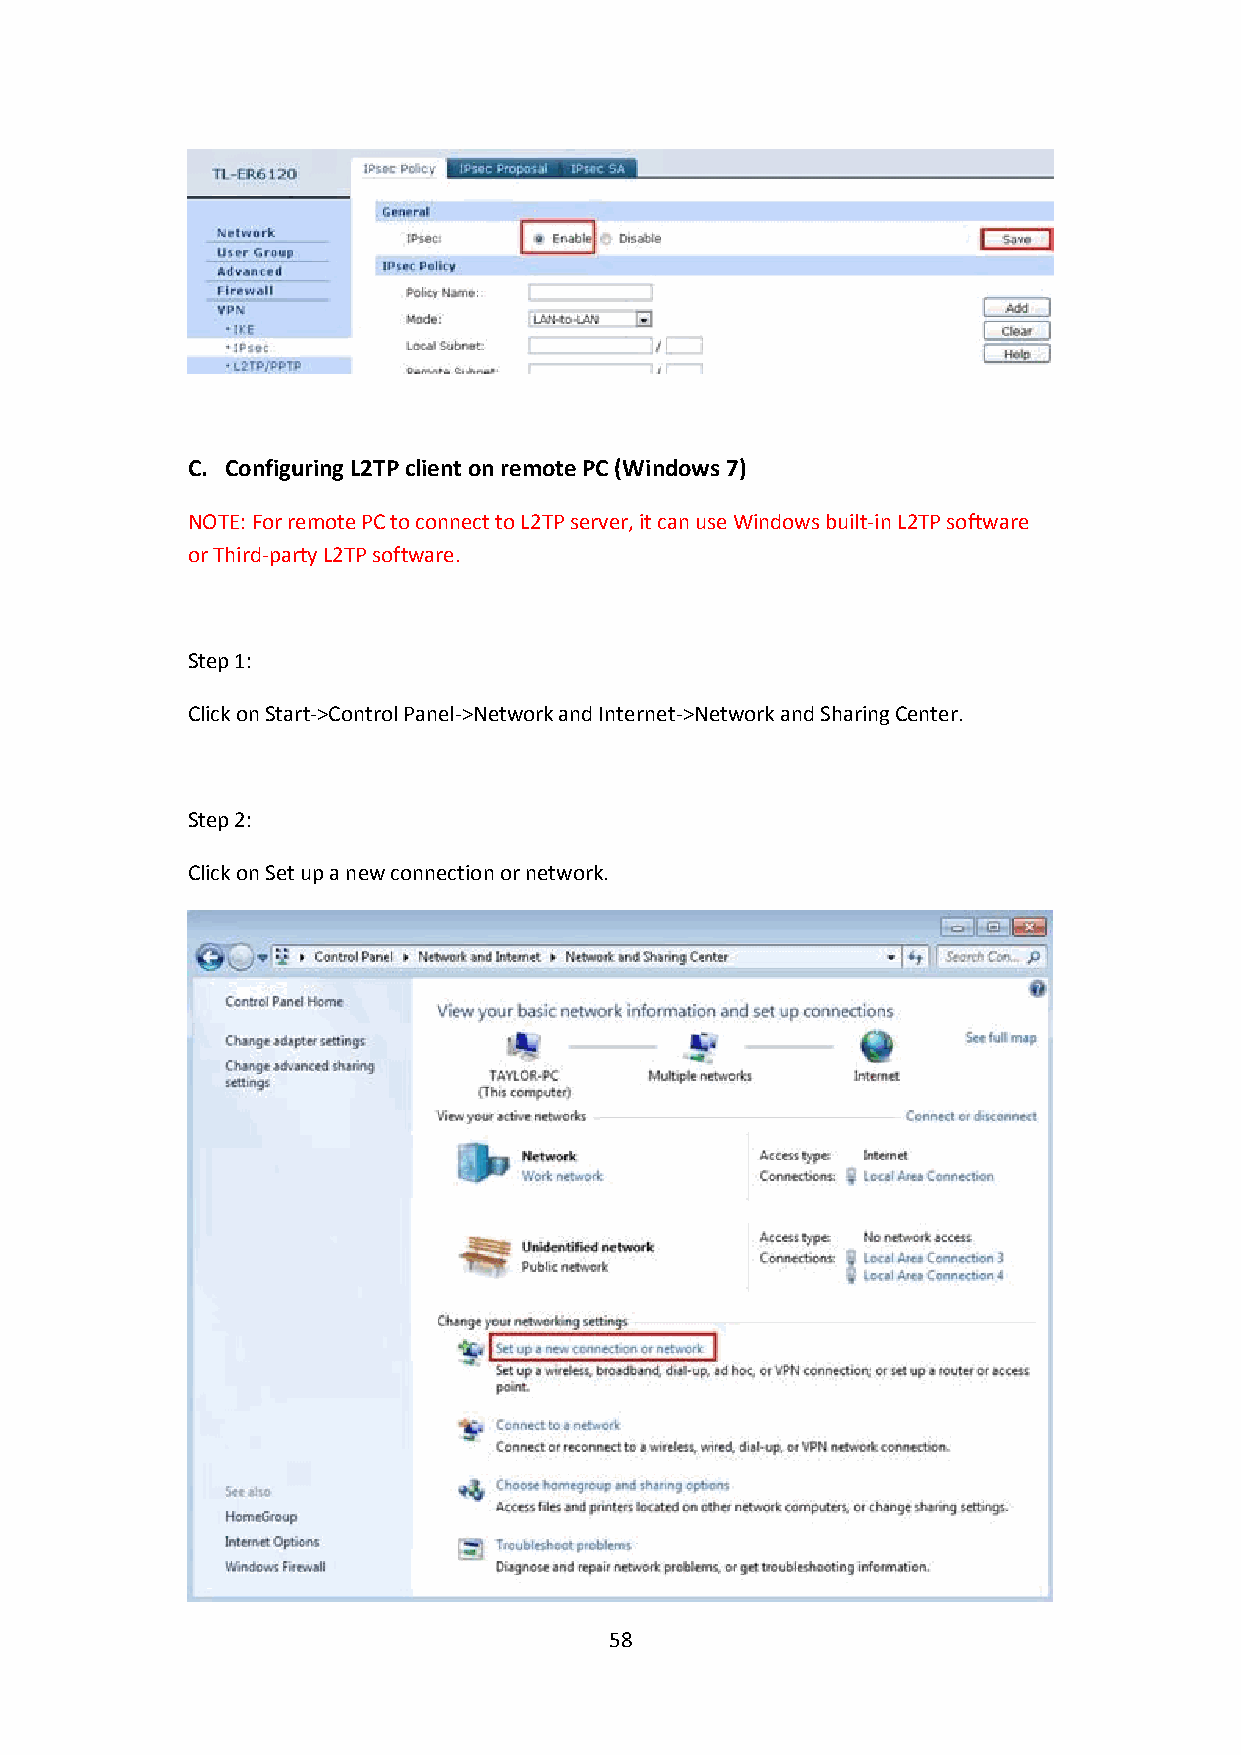
C. Configuring L2TP client on remote PC (Windows 7)
 NOTE: For remote PC to connect to L2TP server, it can use Windows built-in L2TP software
 or Third-party L2TP software.
 Step 1:
 Click onStart->Control Panel->Network and Internet->Network and Sharing Center.
 Step 2:
 Click onSet up a new connection or network.
 58